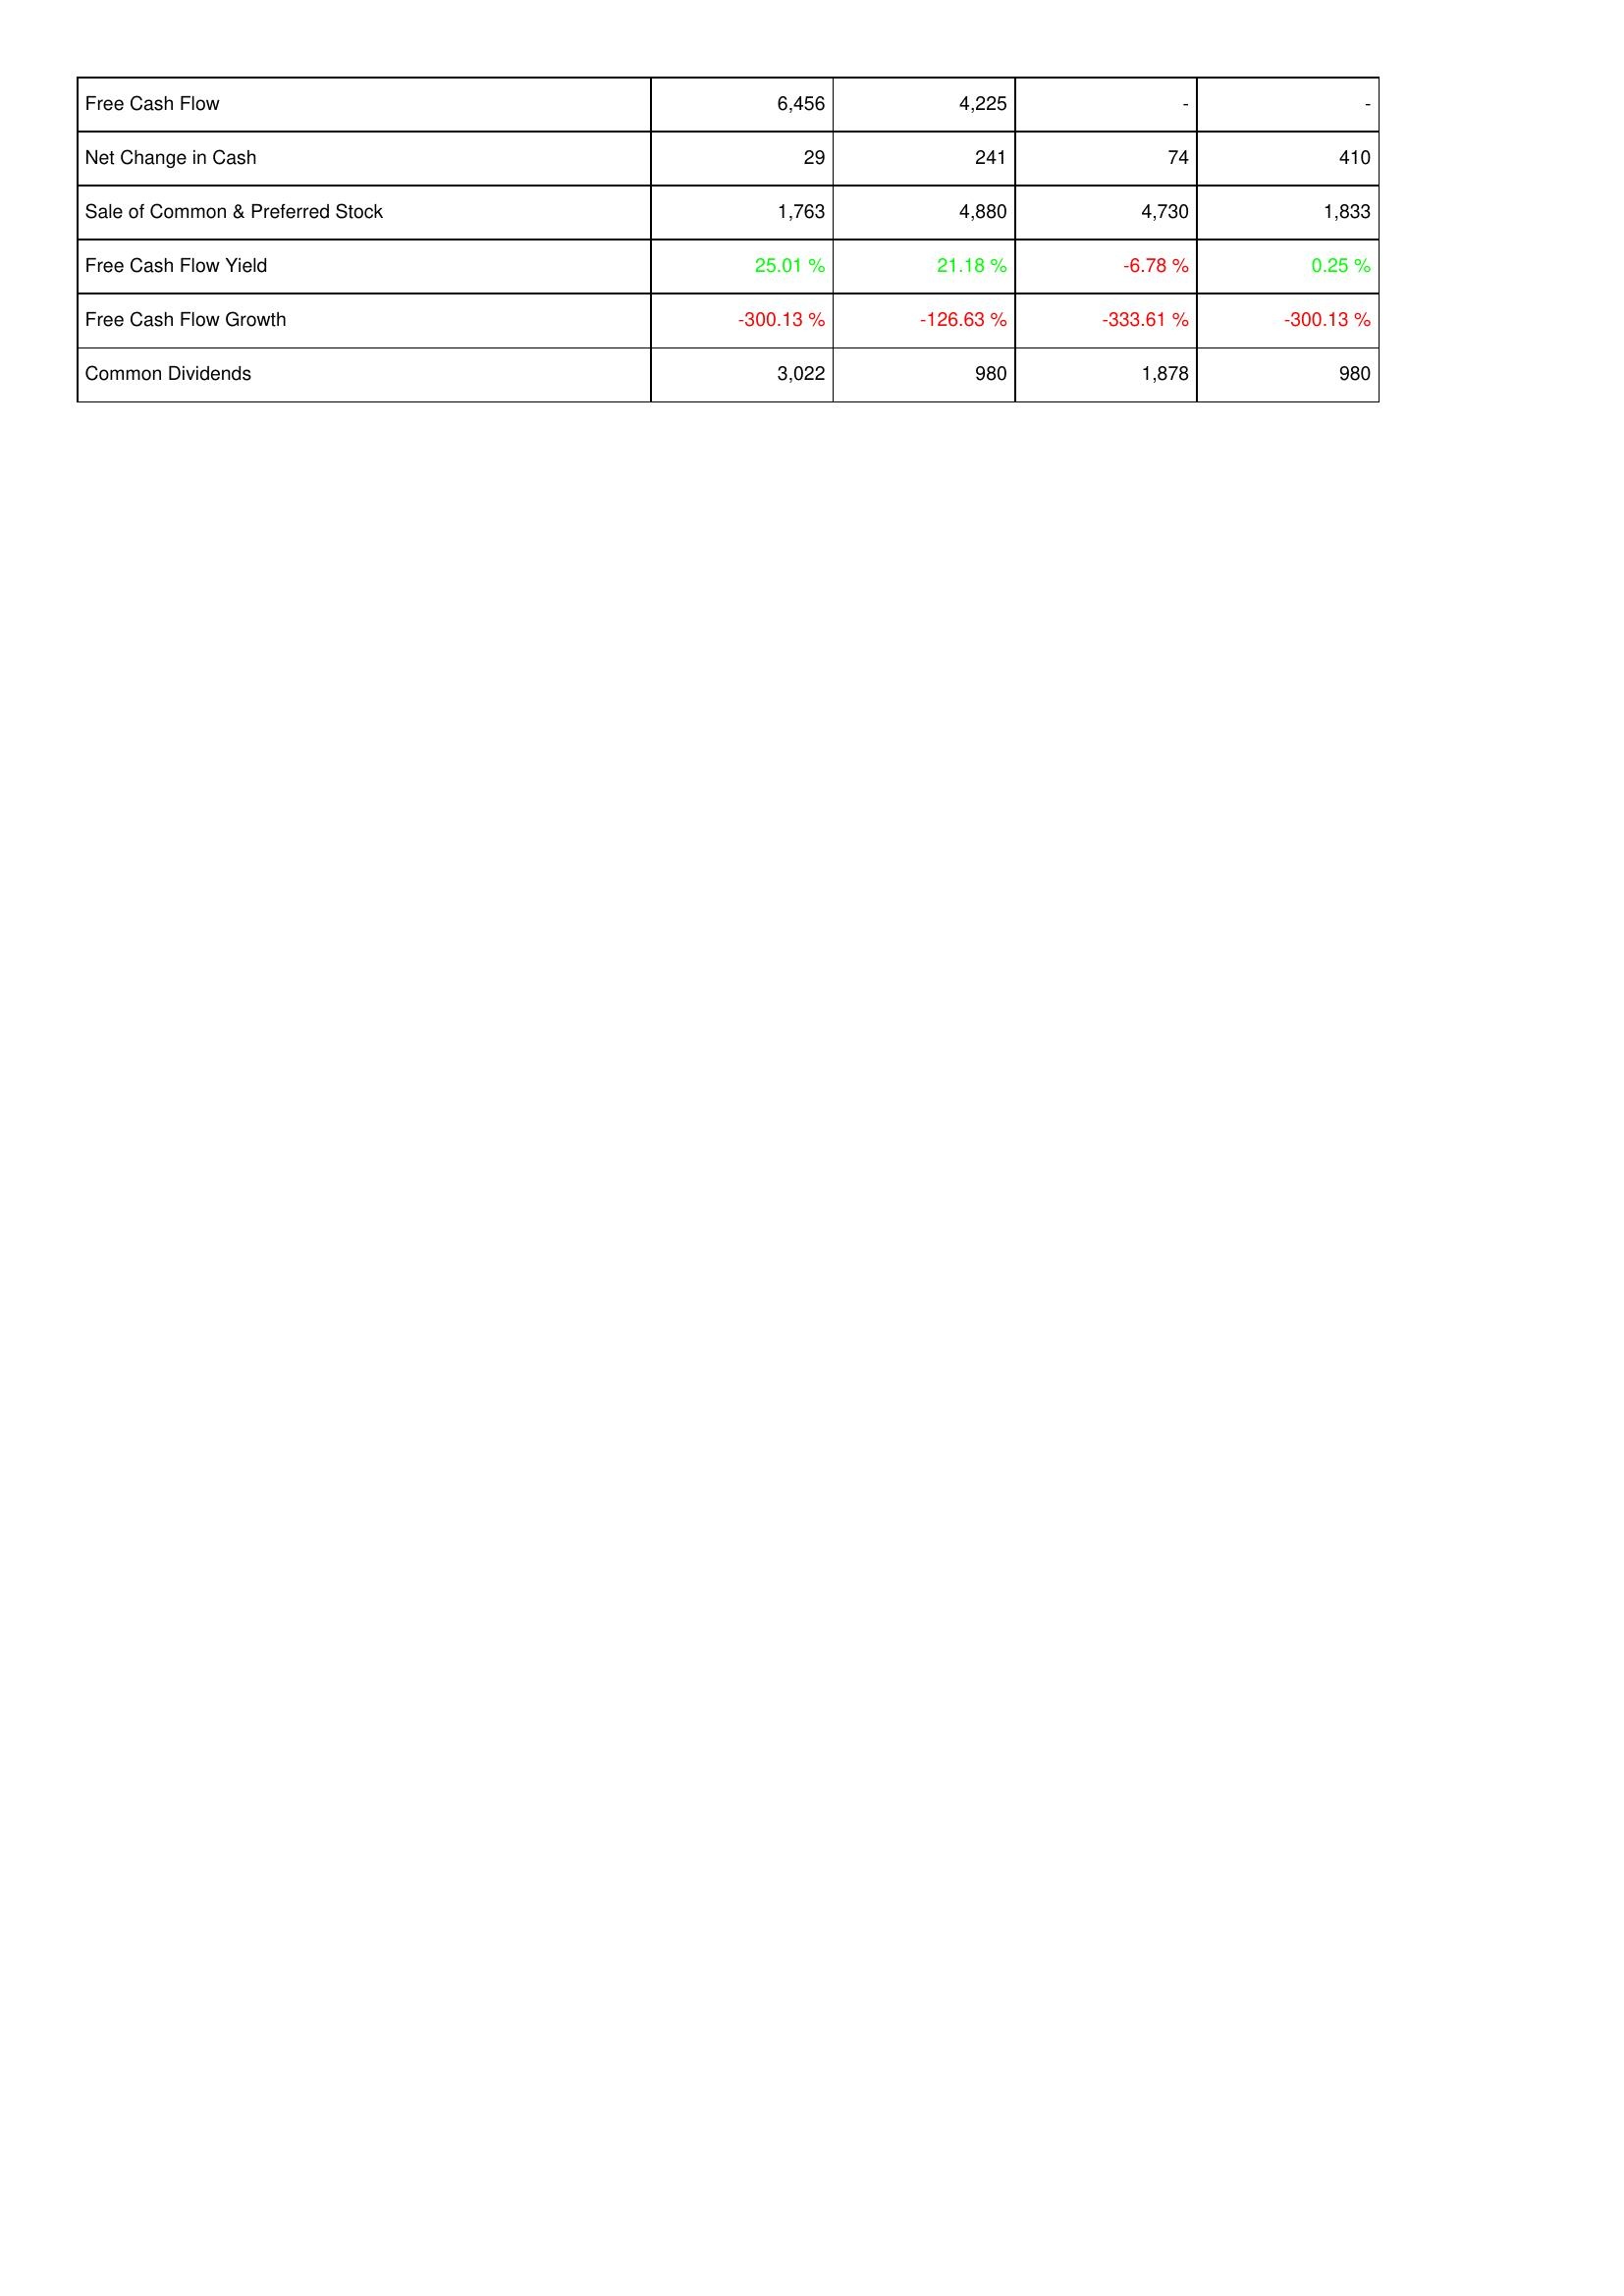
2007: Financing Activities: Free Cash Flow: 6,456
Net Change in Cash: 29
Sale of Common & Preferred Stock: 1,763
Free Cash Flow Yield: 25.01 %
Free Cash Flow Growth: -300.13 %
Common Dividends: 3,022
2008: Financing Activities: Free Cash Flow: 4,225
Net Change in Cash: 241
Sale of Common & Preferred Stock: 4,880
Free Cash Flow Yield: 21.18 %
Free Cash Flow Growth: -126.63 %
Common Dividends: 980
2009: Financing Activities: Free Cash Flow: -
Net Change in Cash: 74
Sale of Common & Preferred Stock: 4,730
Free Cash Flow Yield: -6.78 %
Free Cash Flow Growth: -333.61 %
Common Dividends: 1,878
2010: Financing Activities: Free Cash Flow: -
Net Change in Cash: 410
Sale of Common & Preferred Stock: 1,833
Free Cash Flow Yield: 0.25 %
Free Cash Flow Growth: -300.13 %
Common Dividends: 980